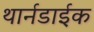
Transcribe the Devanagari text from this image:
थार्नडाईक